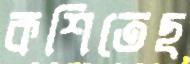
কশিতেছ